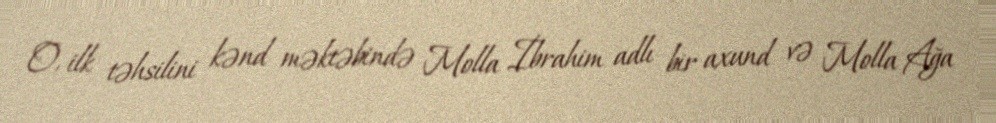
O, ilk təhsilini kənd məktəbində Molla İbrahim adlı bir axund və Molla Ağa